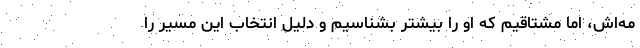
مه‌اش، اما مشتاقیم که او را بیشتر بشناسیم و دلیل انتخاب این مسیر را